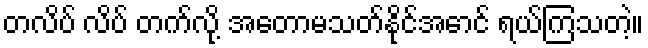
တလိပ် လိပ် တက်လို့ အတောမသတ်နိုင်အောင် ရယ်ကြသတဲ့။